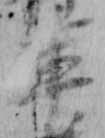
軍